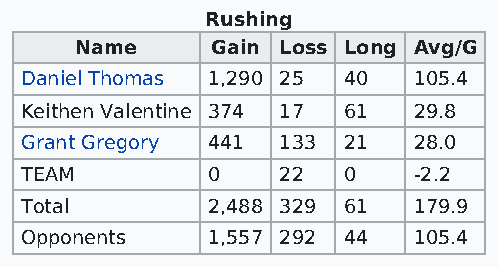
Rushing
 Name     Gain Loss Long Avg/G
 Daniel Thomas 1,290 25 40 105.4
 Keithen Valentine 374 17 61 29.8
 Grant Gregory 441 133 21  28.0
 TEAM         0   22   0   -2.2
 Total        2,488 329 61 179.9
 Opponents    1,557 292 44 105.4